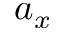
a _ { x }